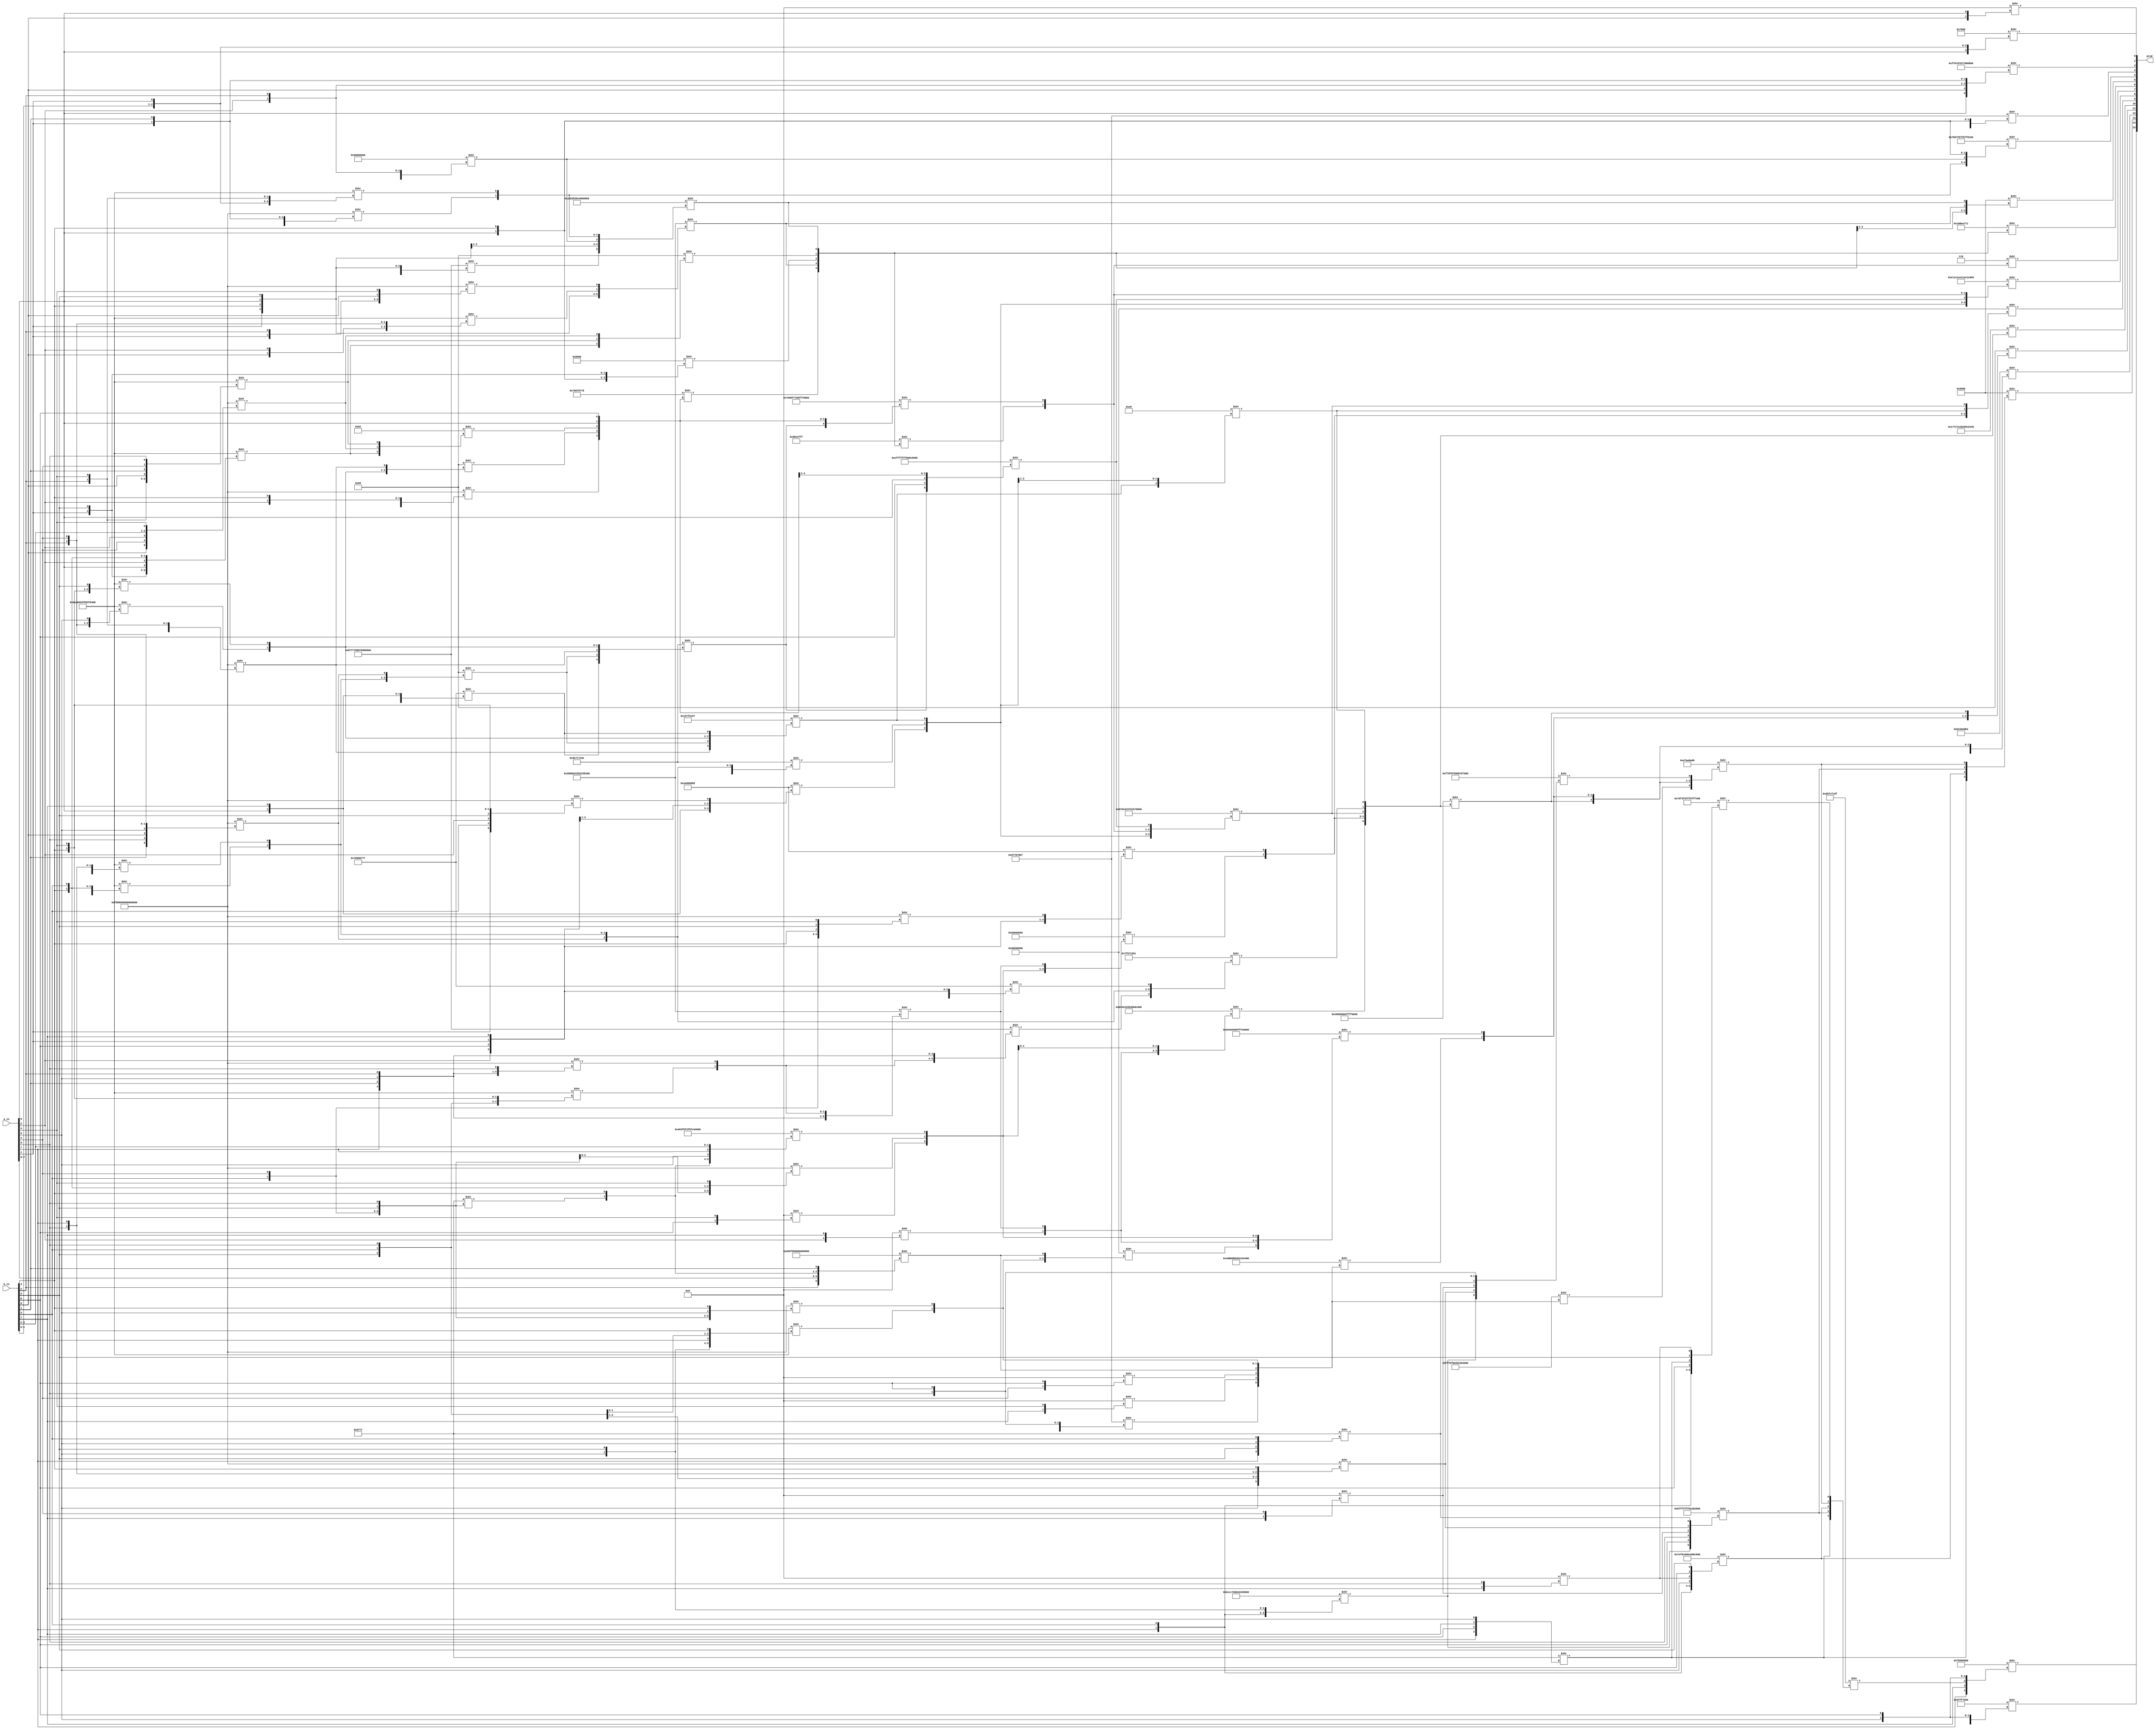
/* Generated by Yosys 0.16+65 (git sha1 051517d61, gcc 9.1.0 -fPIC -Os) */

module multiplier_8bit(a_in, b_in, prod);
  wire _000_;
  wire _001_;
  wire _002_;
  wire _003_;
  wire _004_;
  wire _005_;
  wire _006_;
  wire _007_;
  wire _008_;
  wire _009_;
  wire _010_;
  wire _011_;
  wire _012_;
  wire _013_;
  wire _014_;
  wire _015_;
  wire _016_;
  wire _017_;
  wire _018_;
  wire _019_;
  wire _020_;
  wire _021_;
  wire _022_;
  wire _023_;
  wire _024_;
  wire _025_;
  wire _026_;
  wire _027_;
  wire _028_;
  wire _029_;
  wire _030_;
  wire _031_;
  wire _032_;
  wire _033_;
  wire _034_;
  wire _035_;
  wire _036_;
  wire _037_;
  wire _038_;
  wire _039_;
  wire _040_;
  wire _041_;
  wire _042_;
  wire _043_;
  wire _044_;
  wire _045_;
  wire _046_;
  wire _047_;
  wire _048_;
  wire _049_;
  wire _050_;
  wire _051_;
  wire _052_;
  wire _053_;
  wire _054_;
  wire _055_;
  wire _056_;
  wire _057_;
  wire _058_;
  wire _059_;
  wire _060_;
  wire _061_;
  wire _062_;
  wire _063_;
  wire _064_;
  wire _065_;
  wire _066_;
  wire _067_;
  wire _068_;
  wire _069_;
  wire _070_;
  wire _071_;
  wire _072_;
  input [7:0] a_in;
  wire [7:0] a_in;
  input [7:0] b_in;
  wire [7:0] b_in;
  output [15:0] prod;
  wire [15:0] prod;
  assign prod[0] = 4'b1000 >> { b_in[0], a_in[0] };
  assign _017_ = 64'b1111100010001000100000000000000010000000000000001000000000000000 >> { a_in[0], b_in[2], b_in[0], a_in[2:1], b_in[1] };
  assign _018_ = 64'b1111100010001000100000000000000010000000000000001000000000000000 >> { a_in[2], b_in[1], a_in[1], b_in[2], b_in[0], a_in[3] };
  assign _019_ = 64'b0110101011000000100101010011111110010101001111111001010100111111 >> { b_in[1], a_in[3], b_in[0], a_in[2], b_in[2], a_in[4] };
  assign _020_ = 64'b1000011101110111011110001000100001111000100010001000011101110111 >> { _019_, _018_, a_in[1], b_in[3], a_in[0], b_in[4] };
  assign _021_ = 64'b0110101011000000100101010011111110010101001111111001010100111111 >> { a_in[2], b_in[1:0], a_in[1], b_in[2], a_in[3] };
  assign _022_ = 32'd2415919104 >> { b_in[1], prod[0], a_in[1], a_in[2], b_in[2] };
  assign _023_ = 64'b0000001000101011001010110010101110111111111111111111111111111111 >> { _020_, b_in[3], a_in[0], _022_, _017_, _021_ };
  assign _024_ = 64'b0010101110111011101100100010001010110010001000101011001000100010 >> { a_in[1], b_in[3], a_in[0], b_in[4], _019_, _018_ };
  assign _025_ = 64'b1111100010001000100000000000000010000000000000001000000000000000 >> { b_in[0], a_in[4], a_in[2], b_in[2:1], a_in[3] };
  assign _026_ = 64'b0110101011000000100101010011111110010101001111111001010100111111 >> { b_in[2], a_in[3], b_in[0], b_in[1], a_in[4], a_in[5] };
  assign _027_ = 64'b0110101011000000100101010011111110010101001111111001010100111111 >> { a_in[1], b_in[4], a_in[0], a_in[2], b_in[3], b_in[5] };
  assign _028_ = 8'b01101001 >> { _027_, _026_, _025_ };
  assign _029_ = 16'b1000000000000000 >> { a_in[0], b_in[3], a_in[1], b_in[4] };
  assign prod[5] = 16'b0110100110010110 >> { _029_, _028_, _024_, _023_ };
  assign prod[1] = 16'b0111100010001000 >> { a_in[0], b_in[1:0], a_in[1] };
  assign prod[2] = 64'b0000111111110000011110000111100001110111100010001000100010001000 >> { a_in[0], b_in[0], a_in[2], b_in[2], a_in[1], b_in[1] };
  assign prod[3] = 32'd2272819335 >> { _021_, _022_, _017_, a_in[0], b_in[3] };
  assign prod[4] = 64'b0000011110000000011111110000011111111000011111111000000011111000 >> { _020_, _017_, _021_, _022_, a_in[0], b_in[3] };
  assign _030_ = 8'b10110010 >> { _027_, _025_, _026_ };
  assign _031_ = 64'b1111100010001000100000000000000010000000000000001000000000000000 >> { a_in[0], b_in[5], a_in[1], b_in[4], a_in[2], b_in[3] };
  assign _032_ = 64'b1111100010001000100000000000000010000000000000001000000000000000 >> { b_in[0], a_in[5], b_in[1], a_in[4], b_in[2], a_in[3] };
  assign _033_ = 64'b0110101011000000100101010011111110010101001111111001010100111111 >> { a_in[1], b_in[5], a_in[2], b_in[3], a_in[3], b_in[4] };
  assign _034_ = 64'b0110101011000000100101010011111110010101001111111001010100111111 >> { b_in[1], a_in[5], b_in[0], b_in[2], a_in[4], a_in[6] };
  assign _035_ = 8'b01101001 >> { _034_, _033_, _032_ };
  assign _036_ = 32'd2022147960 >> { _031_, _035_, _030_, a_in[0], b_in[6] };
  assign prod[6] = 32'd412018545 >> { _036_, _024_, _029_, _028_, _023_ };
  assign _037_ = 64'b1111100010001000100000000000000010000000000000001000000000000000 >> { b_in[1], a_in[5], b_in[0], a_in[6], b_in[2], a_in[4] };
  assign _038_ = 64'b0110101011000000100101010011111110010101001111111001010100111111 >> { b_in[1], a_in[6], b_in[0], b_in[2], a_in[5], a_in[7] };
  assign _039_ = 64'b0110101011000000100101010011111110010101001111111001010100111111 >> { b_in[4], a_in[3:2], a_in[4], b_in[3], b_in[5] };
  assign _040_ = 8'b01101001 >> { _039_, _038_, _037_ };
  assign _041_ = 64'b1111100010001000100000000000000010000000000000001000000000000000 >> { a_in[1], b_in[5], a_in[2], b_in[4:3], a_in[3] };
  assign _042_ = 32'd2022213495 >> { _041_, a_in[1], b_in[6], a_in[0], b_in[7] };
  assign _043_ = 32'd2389799310 >> { _042_, _040_, _032_, _034_, _033_ };
  assign _044_ = 64'b0111000000001000111101110111000010001111111101110000100010001111 >> { _043_, _031_, _035_, _030_, a_in[0], b_in[6] };
  assign _045_ = 32'd143585279 >> { _036_, _024_, _029_, _028_, _023_ };
  assign prod[7] = 4'b0110 >> { _045_, _044_ };
  assign _046_ = 32'd360644951 >> { _032_, _040_, _034_, _033_, _042_ };
  assign _047_ = 64'b1111100010001000100000000000000010000000000000001000000000000000 >> { b_in[0], a_in[7], b_in[1], a_in[6], b_in[2], a_in[5] };
  assign _048_ = 64'b0110101011000000100101010011111110010101001111111001010100111111 >> { a_in[4], b_in[4], b_in[5], a_in[5], b_in[3], a_in[3] };
  assign _049_ = 64'b1000011101110111011110001000100001111000100010001000011101110111 >> { _048_, _047_, a_in[7], b_in[1], a_in[6], b_in[2] };
  assign _050_ = 64'b1111100010001000100000000000000010000000000000001000000000000000 >> { a_in[2], b_in[5], a_in[4], b_in[3], b_in[4], a_in[3] };
  assign _051_ = 32'd2022213495 >> { _050_, a_in[2], b_in[6], a_in[1], b_in[7] };
  assign _052_ = 32'd2389799310 >> { _049_, _051_, _037_, _039_, _038_ };
  assign _053_ = 32'd3934290048 >> { a_in[0], b_in[7:6], a_in[1], _041_ };
  assign _054_ = 64'b1110111111111111111111111111111100001000100011101000111010001110 >> { _043_, b_in[6], a_in[0], _031_, _035_, _030_ };
  assign prod[8] = 64'b1110000100011110000111101110000100011110111000011110000100011110 >> { _053_, _052_, _046_, _054_, _045_, _044_ };
  assign _055_ = 64'b0101011100000001000000010101011100000001010101110101011100000001 >> { _053_, _052_, _046_, _045_, _044_, _054_ };
  assign _056_ = 8'b11101000 >> { _046_, _053_, _052_ };
  assign _057_ = 32'd3934290048 >> { a_in[2], b_in[6], a_in[1], b_in[7], _050_ };
  assign _058_ = 64'b0010101110111011101100100010001010110010001000101011001000100010 >> { a_in[7], b_in[1], a_in[6], b_in[2], _048_, _047_ };
  assign _059_ = 16'b1000011101110111 >> { b_in[5], a_in[4], b_in[4], a_in[5] };
  assign _060_ = 64'b0100000000111111101111110011111110111111110000000100000011000000 >> { _059_, b_in[3], a_in[6], a_in[7], b_in[2:1] };
  assign _061_ = 64'b1111100010001000100000000000000010000000000000001000000000000000 >> { a_in[4], b_in[4], a_in[5], b_in[3], b_in[5], a_in[3] };
  assign _062_ = 4'b1000 >> { b_in[6], a_in[3] };
  assign _063_ = 4'b1000 >> { a_in[2], b_in[7] };
  assign _064_ = 32'd1771476585 >> { _063_, _062_, _061_, _060_, _058_ };
  assign _065_ = 32'd2136413441 >> { _049_, _037_, _039_, _038_, _051_ };
  assign prod[9] = 32'd2523490710 >> { _065_, _064_, _057_, _056_, _055_ };
  assign _066_ = 64'b1110101100001111000000000000000000000000000000000000000000000000 >> { b_in[2], a_in[7:6], _059_, b_in[3], b_in[1] };
  assign _067_ = 64'b1111100010001000100000000000000010000000000000001000000000000000 >> { b_in[5], a_in[4], b_in[4], a_in[5], a_in[6], b_in[3] };
  assign _068_ = 64'b0110101011000000100101010011111110010101001111111001010100111111 >> { a_in[6], b_in[4], a_in[7], b_in[5], a_in[5], b_in[3] };
  assign _069_ = 4'b1000 >> { b_in[7], a_in[3] };
  assign _070_ = 4'b1000 >> { a_in[4], b_in[6] };
  assign _071_ = 32'd2523490710 >> { _070_, _069_, _068_, _067_, _066_ };
  assign _072_ = 64'b1101010001000010010000100010101100101011101111011011110111010100 >> { _071_, _062_, _063_, _058_, _061_, _060_ };
  assign prod[10] = 64'b0001011101111110011111101110100011101000100000011000000100010111 >> { _072_, _064_, _057_, _055_, _065_, _056_ };
  assign _000_ = 64'b1110100010000000100000000000000011111111111111101111111011101000 >> { _072_, _064_, _057_, _055_, _065_, _056_ };
  assign _001_ = 64'b1101010001000000010000000000000011111111111111011111110111010100 >> { _071_, _063_, _058_, _062_, _061_, _060_ };
  assign _002_ = 64'b1111100010001000100000000000000010000000000000001000000000000000 >> { a_in[6], b_in[4], b_in[5], a_in[5], a_in[7], b_in[3] };
  assign _003_ = 16'b1000011101110111 >> { a_in[7], b_in[4], a_in[6], b_in[5] };
  assign _004_ = 4'b1000 >> { b_in[7], a_in[4] };
  assign _005_ = 32'd2272819335 >> { _004_, _003_, _002_, a_in[5], b_in[6] };
  assign _006_ = 64'b0100110111011011110110111011001010110010001001000010010001001101 >> { _005_, _069_, _070_, _066_, _068_, _067_ };
  assign prod[11] = 8'b01101001 >> { _006_, _001_, _000_ };
  assign _007_ = 64'b1111111111111011111110111011001010110010001000000010000000000000 >> { _005_, _069_, _070_, _066_, _068_, _067_ };
  assign _008_ = 4'b1000 >> { b_in[7], a_in[5] };
  assign _009_ = 64'b1011110011001100011100000000000001000011001100111000111111111111 >> { _008_, b_in[6], a_in[7], b_in[5], a_in[6], b_in[4] };
  assign _010_ = 64'b1111011110001111100011110000100000001000011100000111000011110111 >> { _009_, _002_, _004_, _003_, a_in[5], b_in[6] };
  assign prod[12] = 32'd2991410610 >> { _007_, _010_, _000_, _006_, _001_ };
  assign _011_ = 32'd4021193224 >> { _007_, _000_, _006_, _001_, _010_ };
  assign _012_ = 64'b1011111111111111111111111111111100000010001010110010101100101011 >> { _009_, b_in[6], a_in[5], _004_, _002_, _003_ };
  assign _013_ = 64'b0111111011110000110000000000000011000000000000001100000000000000 >> { a_in[7], b_in[5], a_in[6], _008_, b_in[6], b_in[4] };
  assign _014_ = 16'b1000011101110111 >> { a_in[7], b_in[6], b_in[7], a_in[6] };
  assign prod[13] = 16'b0110100110010110 >> { _014_, _013_, _012_, _011_ };
  assign _015_ = 64'b0111000011110011111101011111111111110101111111111111010111111111 >> { a_in[7], b_in[5], b_in[6], _014_, b_in[4], _008_ };
  assign _016_ = 32'd3590126815 >> { _014_, _012_, _013_, _011_, _015_ };
  assign prod[14] = 32'd2415882240 >> { _016_, b_in[7], a_in[7:6], b_in[6] };
  assign prod[15] = 32'd4160749568 >> { a_in[7], b_in[7], _016_, a_in[6], b_in[6] };
endmodule